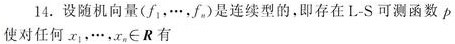
14. 设随机向量\((f_1,\cdots,f_n)\)是连续型的，即存在L - S可测函数\(p\)
使对任何\(x_1,\cdots,x_n\in\mathbb{R}\)有